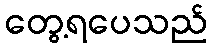
တွေ့ရပေသည်